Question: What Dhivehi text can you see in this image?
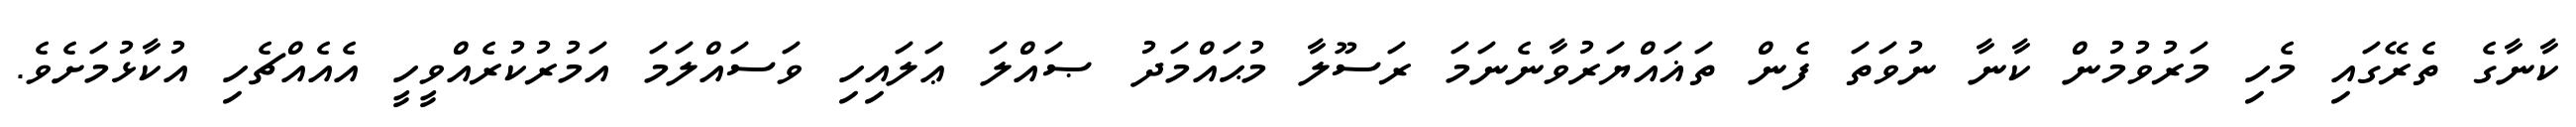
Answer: ކާނާގެ ތެރޭގައި މެހި މަރުވުމުން ކާނާ ނުވަތަ ފެން ތަޣައްޔަރުވާނެނަމަ ރަސޫލާ މުޙައްމަދު ޞައްލަ ޢަލައިހި ވަސައްލަމަ އަމުރުކުރެއްވީހީ އެއެއްޗެހި އުކާޅުމަށެވެ.